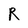
Character: R